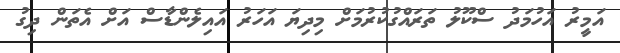
އަމީރު އަހުމަދު ސްކޫލު ތަރައްގުކުރުމަށް މިދިޔަ އަހަރު އައިލެންޑާސް އަށް އެތަން ދިގު